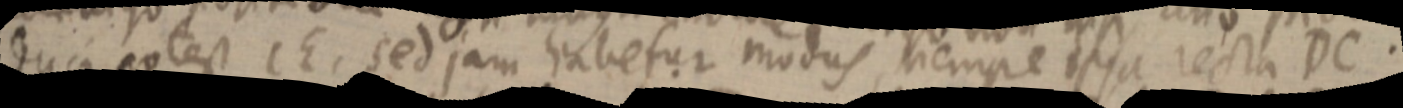
duci potest CE, sed jam habetur modus, nempe ipsa recta DC.